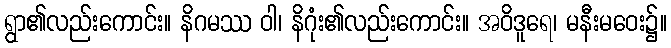
ရွာ၏လည်းကောင်း။ နိဂမဿ ဝါ၊ နိဂုံး၏လည်းကောင်း။ အဝိဒူရေ၊ မနီးမဝေး၌။